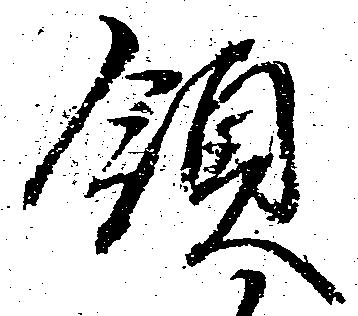
領